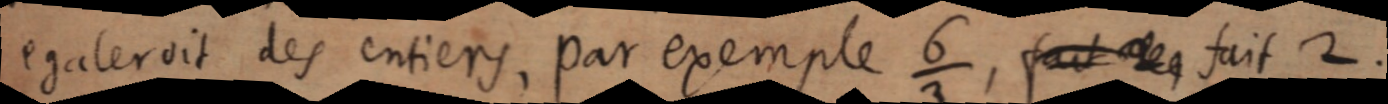
egalerait des entiers, par exemple 6/3,fait des fait 2.